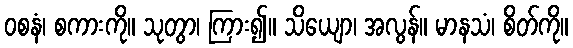
ဝစနံ၊ စကားကို။ သုတွာ၊ ကြား၍။ သိယျော၊ အလွန်။ မာနသံ၊ စိတ်ကို။